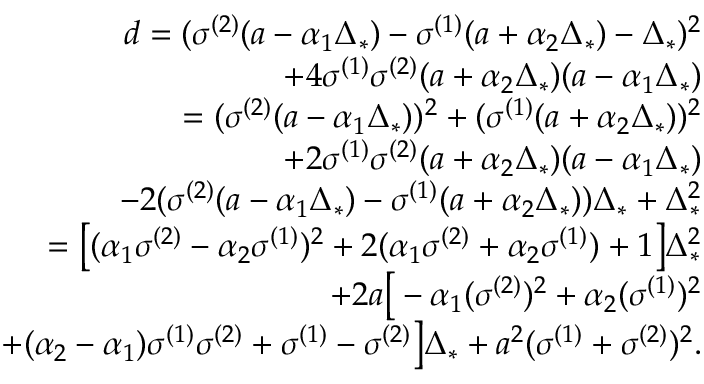
\begin{array} { r } { d = ( \sigma ^ { ( 2 ) } ( a - \alpha _ { 1 } \Delta _ { * } ) - \sigma ^ { ( 1 ) } ( a + \alpha _ { 2 } \Delta _ { * } ) - \Delta _ { * } ) ^ { 2 } } \\ { + 4 \sigma ^ { ( 1 ) } \sigma ^ { ( 2 ) } ( a + \alpha _ { 2 } \Delta _ { * } ) ( a - \alpha _ { 1 } \Delta _ { * } ) } \\ { = ( \sigma ^ { ( 2 ) } ( a - \alpha _ { 1 } \Delta _ { * } ) ) ^ { 2 } + ( \sigma ^ { ( 1 ) } ( a + \alpha _ { 2 } \Delta _ { * } ) ) ^ { 2 } } \\ { + 2 \sigma ^ { ( 1 ) } \sigma ^ { ( 2 ) } ( a + \alpha _ { 2 } \Delta _ { * } ) ( a - \alpha _ { 1 } \Delta _ { * } ) } \\ { - 2 ( \sigma ^ { ( 2 ) } ( a - \alpha _ { 1 } \Delta _ { * } ) - \sigma ^ { ( 1 ) } ( a + \alpha _ { 2 } \Delta _ { * } ) ) \Delta _ { * } + \Delta _ { * } ^ { 2 } } \\ { = \big [ ( \alpha _ { 1 } \sigma ^ { ( 2 ) } - \alpha _ { 2 } \sigma ^ { ( 1 ) } ) ^ { 2 } + 2 ( \alpha _ { 1 } \sigma ^ { ( 2 ) } + \alpha _ { 2 } \sigma ^ { ( 1 ) } ) + 1 \big ] \Delta _ { * } ^ { 2 } } \\ { + 2 a \big [ - \alpha _ { 1 } ( \sigma ^ { ( 2 ) } ) ^ { 2 } + \alpha _ { 2 } ( \sigma ^ { ( 1 ) } ) ^ { 2 } } \\ { + ( \alpha _ { 2 } - \alpha _ { 1 } ) \sigma ^ { ( 1 ) } \sigma ^ { ( 2 ) } + \sigma ^ { ( 1 ) } - \sigma ^ { ( 2 ) } \big ] \Delta _ { * } + a ^ { 2 } ( \sigma ^ { ( 1 ) } + \sigma ^ { ( 2 ) } ) ^ { 2 } . } \end{array}